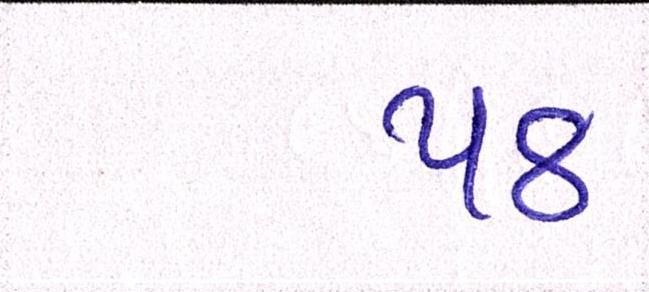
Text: ૫૪